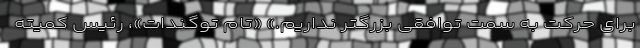
برای حرکت به سمت توافقی بزرگتر نداریم.» «تام توگندات»، رئیس کمیته